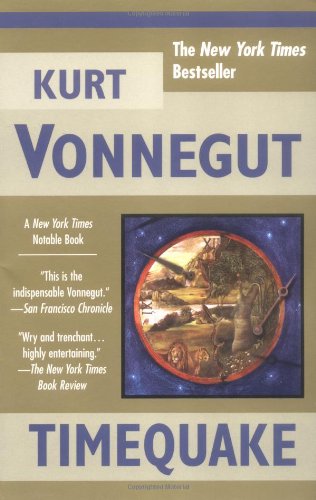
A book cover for Timequake; Kurt Vonnegut; Science Fiction & Fantasy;